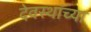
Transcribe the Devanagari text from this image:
देवस्थांच्या